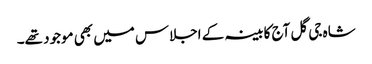
شاہ جی گل آج کابینہ کے اجلاس میں بھی موجود تھے۔